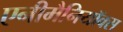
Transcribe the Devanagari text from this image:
एनीमैनियॉक्स